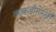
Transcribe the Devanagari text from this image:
काकडीसारखी